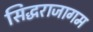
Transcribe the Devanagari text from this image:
सिद्धराजागम